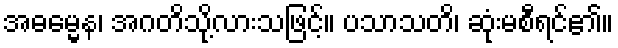
အဓမ္မေန၊ အဂတိသို့လားသဖြင့်။ ပသာသတိ၊ ဆုံးမစီရင်၏။